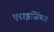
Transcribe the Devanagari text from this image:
एराइजिंग्स